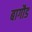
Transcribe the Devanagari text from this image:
बागौड